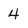
Character: 4